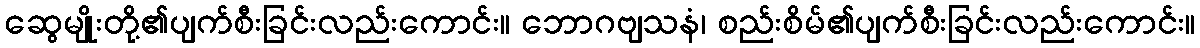
ဆွေမျိုးတို့၏ပျက်စီးခြင်းလည်းကောင်း။ ဘောဂဗျသနံ၊ စည်းစိမ်၏ပျက်စီးခြင်းလည်းကောင်း။